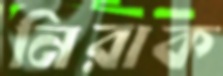
নিরাক